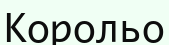
Корольо